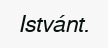
Istvánt.